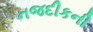
નજદીકની